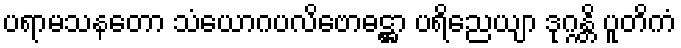
ပရာမသနတော သံယောဂပလိဗောဓဋ္ဌာ ပရိညေယျာ ဒုဂ္ဂန္တိ ပူတိကံ